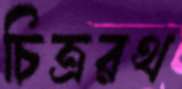
চিত্ররথ